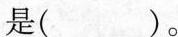
是()。